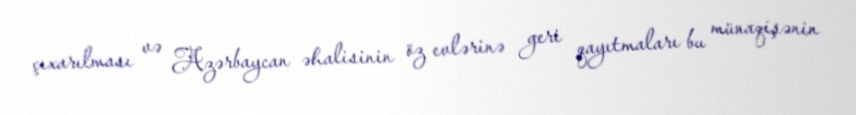
çıxarılması və Azərbaycan əhalisinin öz evlərinə geri qayıtmaları bu münaqişənin